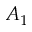
A _ { 1 }